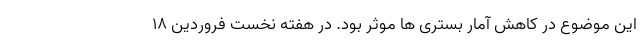
این موضوع در کاهش آمار بستری ها موثر بود. در هفته نخست فروردین ۱۸